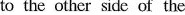
to the other side of the